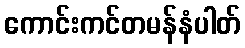
ကောင်းကင်တမန်နံပါတ်